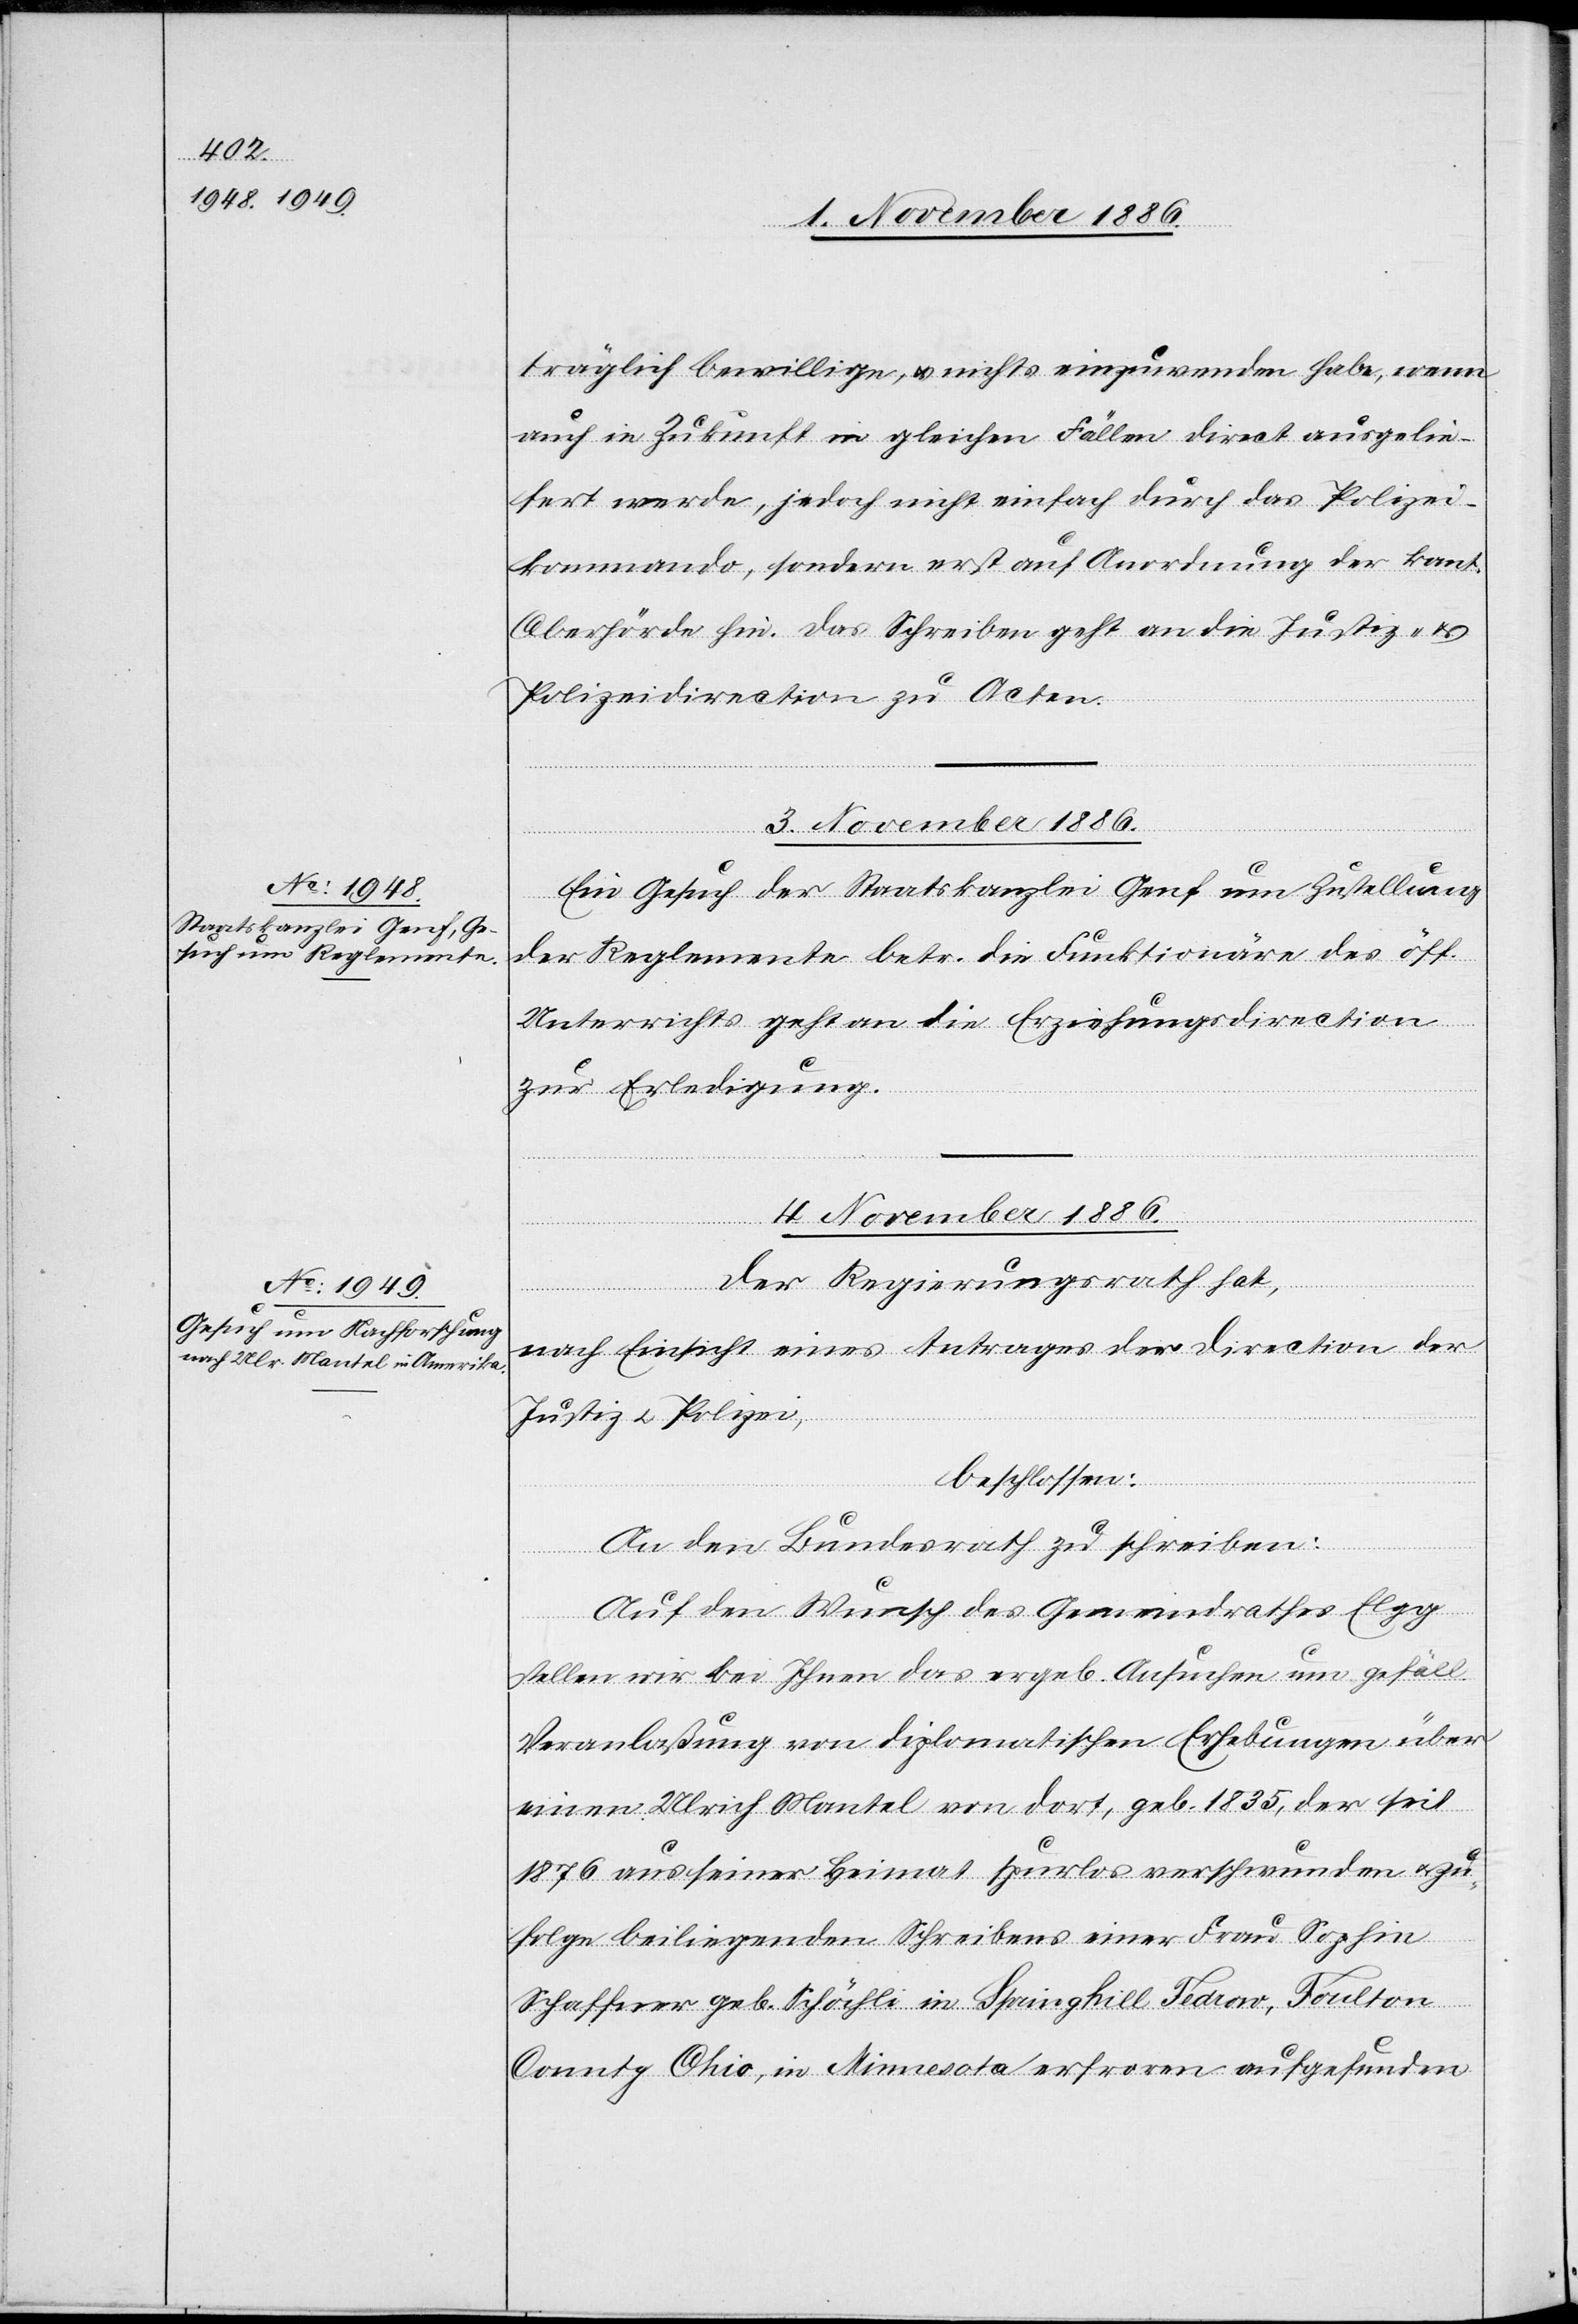
träglich bewillige, & nichts einzuwenden habe, wenn
auch in Zukunft in gleichen Fällen direct ausgelie¬
fert werde, jedoch nicht einfach durch das Polizei¬
kommando, sondern erst auf Anordnung der kant.
Oberhörde [sic!] hin. Das Schreiben geht an die Justiz- &
Polizeidirection zu Acten.
4. November 1886.
Ein Gesuch der Staatskanzlei Genf um Zustellung
der Reglemente betr. die Funktionäre des öff.
Unterrichts geht an die Erziehungsdirection
zur Erledigung.
Der Regierungsrath hat,
nach Einsicht eines Antrages der Direction der
Justiz & Polizei,
beschlossen:
An den Bundesrath zu schreiben:
Auf den Wunsch des Gemeindrathes Elgg
stellen wir bei Ihnen das ergeb. Ansuchen um gefäll.
Veranlaßung von diplomatischen Erhebungen über
einen Ulrich Mantel von dort, geb. 1835, der seit
1876 aus seiner Heimat spurlos verschwunden & zu¬
folge beiliegenden Schreibens einer Frau Sophie
Schaffner geb. Schöchli in Springhill Fedrow, Foulton
County Ohio, in Minnesota erfroren aufgefunden